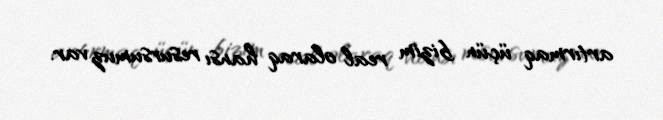
artırmaq üçün bizim real olaraq hansı resursumuz var.